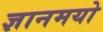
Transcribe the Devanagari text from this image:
ज्ञानमयो